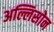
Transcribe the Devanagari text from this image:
अल्लिसोन